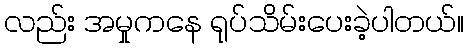
လည်း အမှုကနေ ရုပ်သိမ်းပေးခဲ့ပါတယ်။